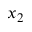
x _ { 2 }